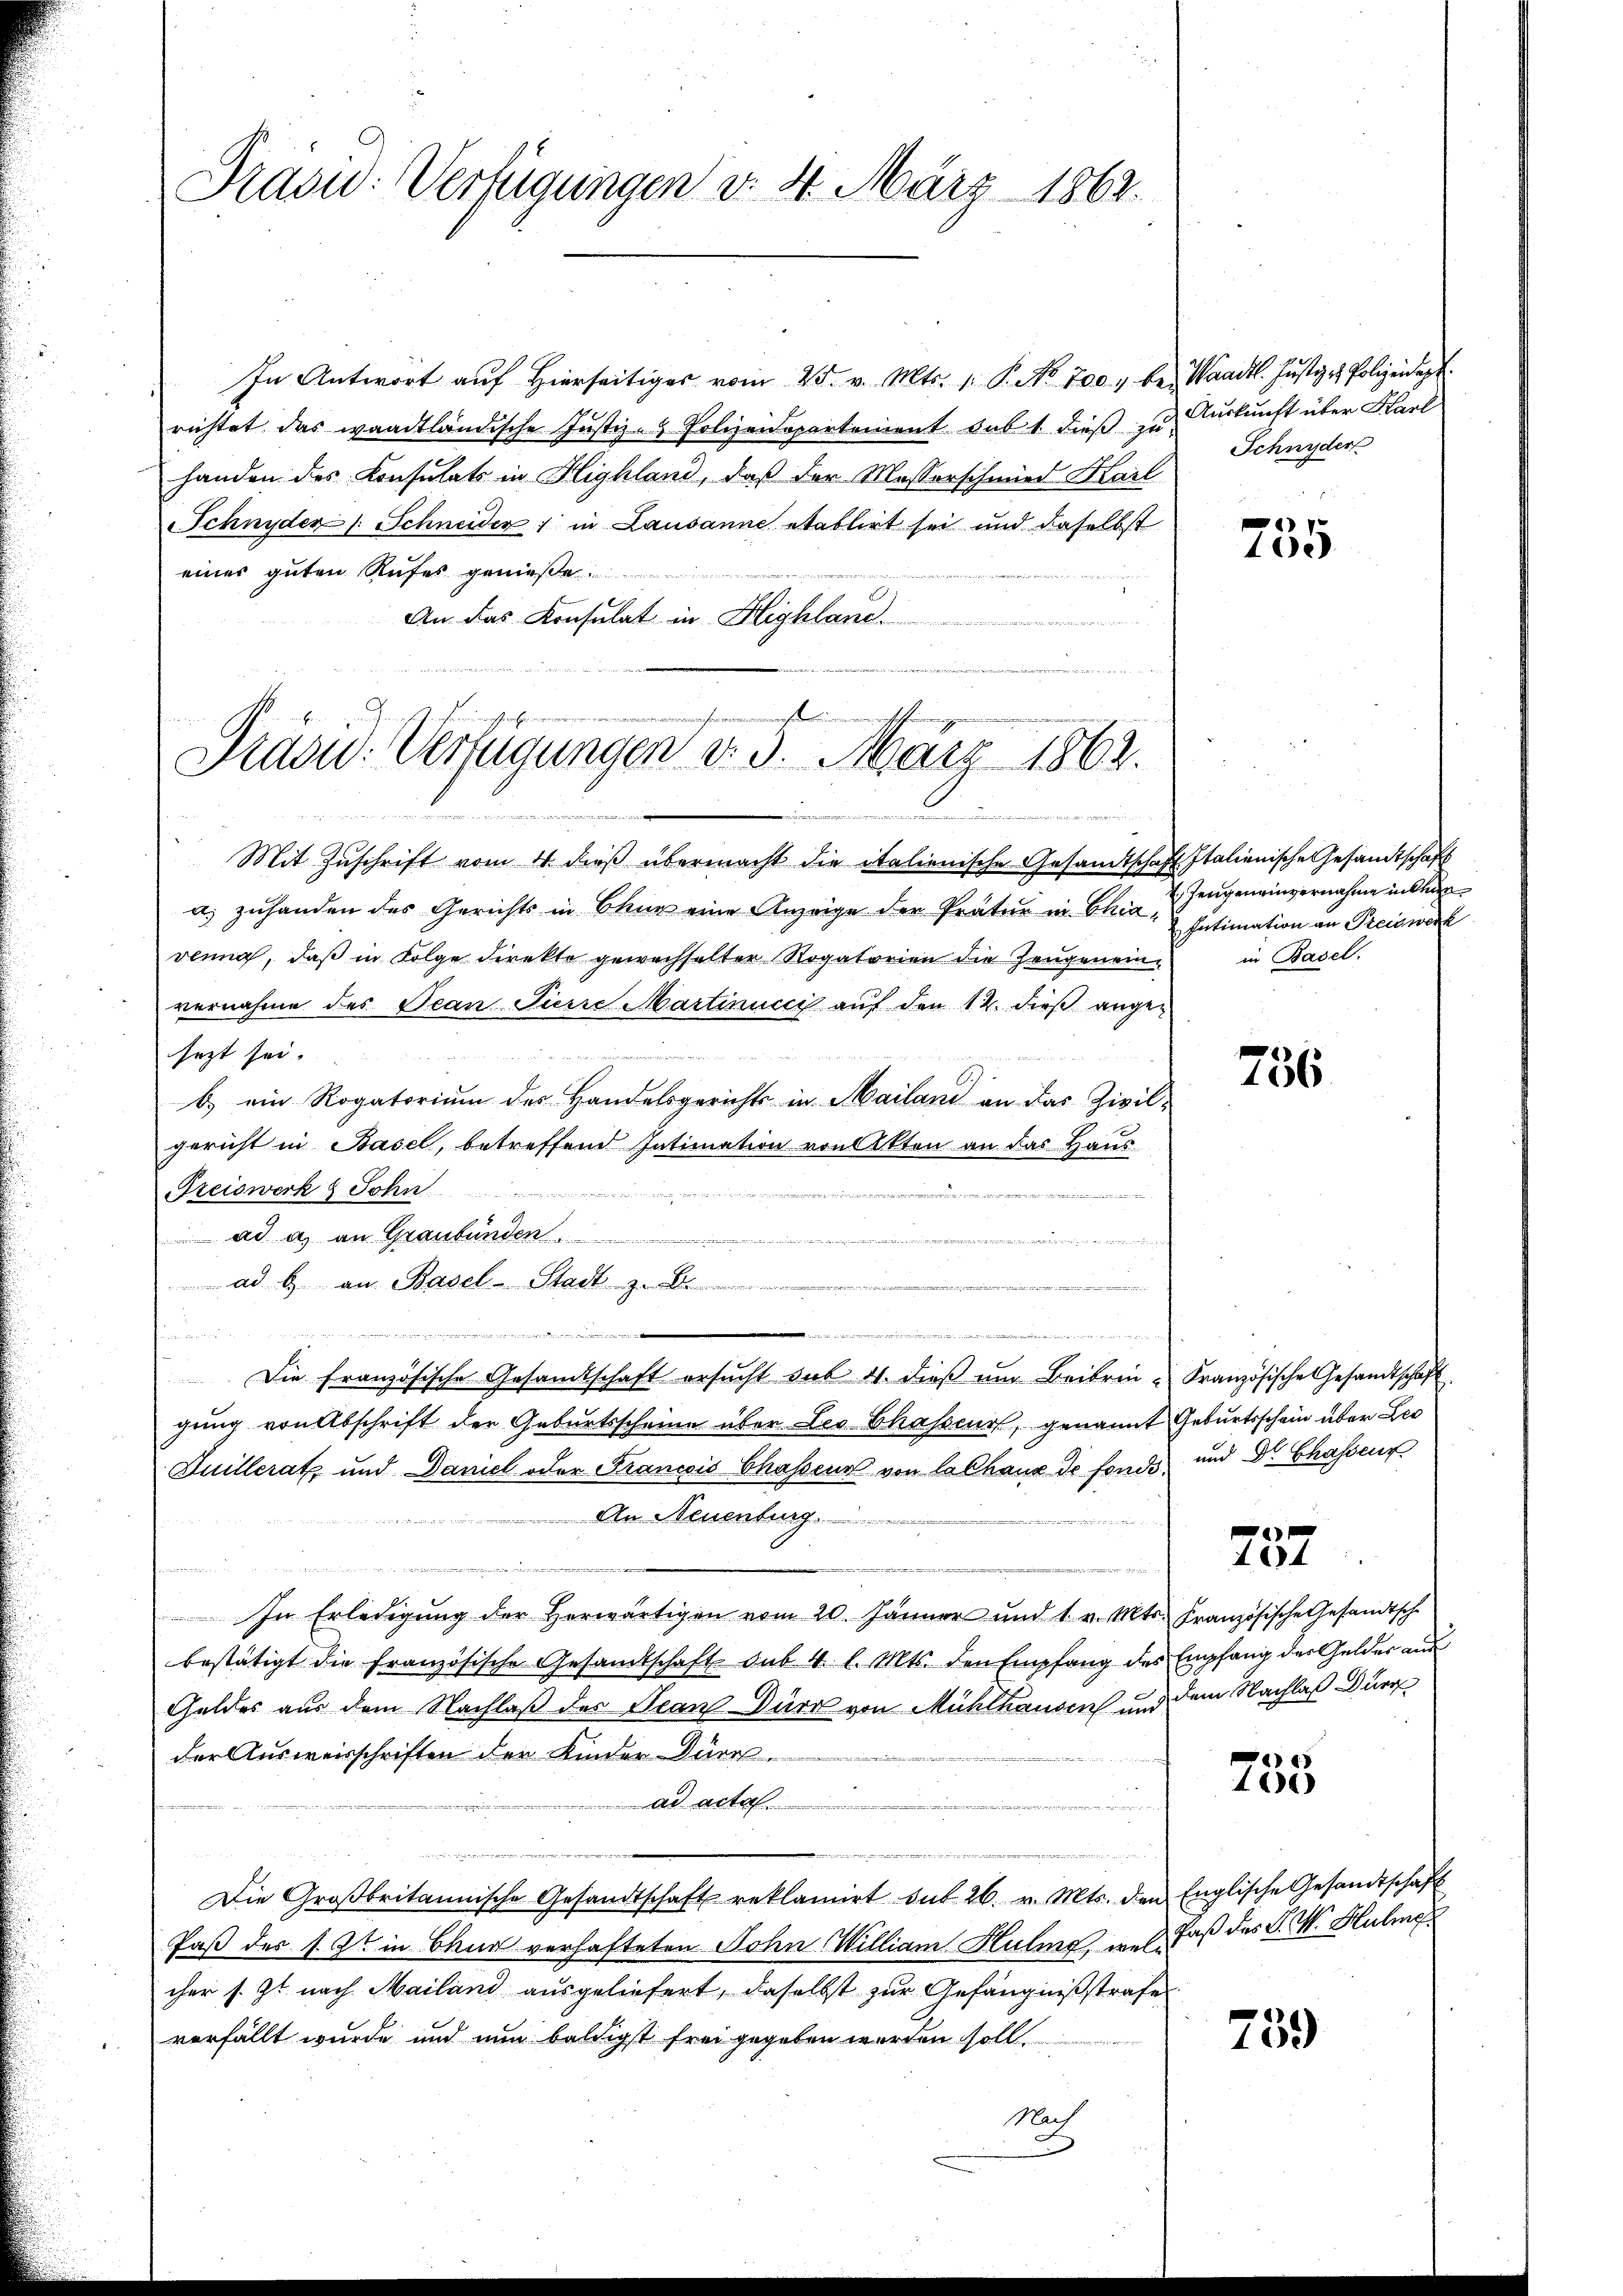
Brasi: Verfügungen d. 4. März 1862.

In Antwort auf hierseitiger vom 25. v. Mts. v. P. No. 700, bei Waadt. Justiz - Polizeidigt
richtet, das waadtländische Justiz- & Polizeidepartement sub 1. dieß zu Auskunft über Karl
handen des Konsulats in Highland, daß der Masserschmied Karl
Schnyder Schneider 1 in Lausanne etablirt sei und daselbst
eines guten Rufes genieße.
An das Konsulat in Highlane.
ne

a
Prad-Verfügungen d. 3. März 1862.
u
Du 25. 122. Bei der die

Mit Zuschrift vom 4. dieß übermacht die italienische Gesamtschaft Italienische Gesandtschaft
u. zuhanden des Gerichts in Chur eine Anzeige der Pratur in Chiadenne, daß in Folge direkte gewechselter Rogatorien die Zeugenein-
vernahme des Jean Pierre Martinucci auf den 12. dieß ange-
sezt sei.

E
b.) ein Rogatorium des Handelsgerichts in Mailan an das Zivil-
gericht in Basel, betreffend Intimation von Akten an das Haus-
Freiswerk & John
erite einer
 ad a. an Graubünden ......................
t
ad b. an Basel-Stadt z. B.
.

Die Französische Gesandtschaft ersŭcht aus 4. dieβ ŭm Beibrin-Französische Gesandtschaft
gung von Abschrift der Geburtsscheine über Leo Shasseur, genannt Geburtsschein über Leo
Duillerat und Daniel oder Francois Chassens von la Chaux de fonde¬
An Neuenburg

oorenen ein wie a. m.
Bei de

In Erledigung der herwärtigen vom 20. Jänner und 1. v. Mts. Französische Gesandtsch
bestätigt die französische Gesandtschaft sub 4 l. Mts. den Empfang des Empfang des Gelder aus
Geldes aus dem Nachlaß des Jean Dürr von Mühlhausen und dem Nachlaß Durch
der Ausweisschriften der Kinder Dürr
ad acta
Die Großbritannische Gesandtschaft reklamirt dit 26. v. Mts. den Englische Gesandtschaft
Paß des s. Zt. in Chur verhafteten Sohn William Hulia med. Faß des P. M. Hubma
cher s. Zt. nach Mailand ausgeliefert, daselbst zur Gefängnißstrafe
verfällt wurde und nun baldigst frei gegeben worden soll.
Mach

Schnyder

1
105

Zeugeneinvernahme in Kran¬
Intimation an Preiswerk
in Basel.

756

und Dr. Chassens

x
44

)
1)

739